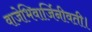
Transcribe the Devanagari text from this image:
वाजेभिवार्जिनीवती।